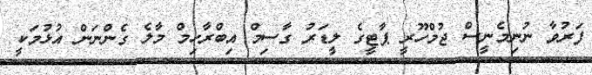
ފަރުވާ ނުނިމެނީސް ޖުމްހޫރީ ޕާޓީގެ ލީޑަރު ގާސިމް އިބްރާހިމް މާލެ ގެންނަން އުޅުމަކީ